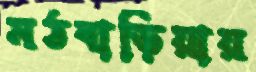
মঠবাড়িয়ায়